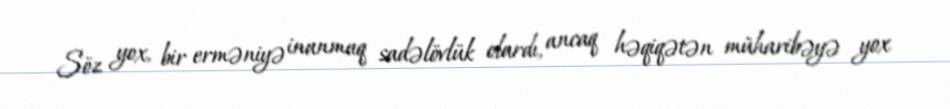
Söz yox, bir erməniyə inanmaq sadəlövlük olardı, ancaq həqiqətən müharibəyə yox